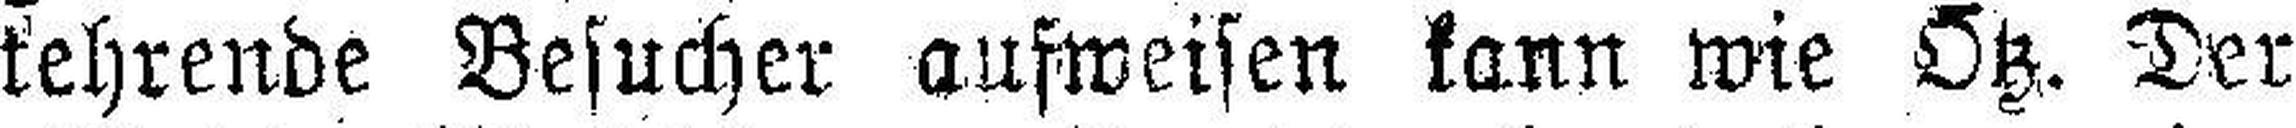
kehrende Besucher aufweisen kann wie Ötz. Der